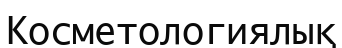
Косметологиялық